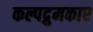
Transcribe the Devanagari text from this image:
कल्पद्रुमकार